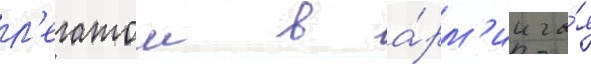
л'егатом в а́рм'ии га́я